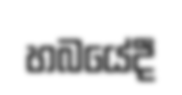
හබයේදී